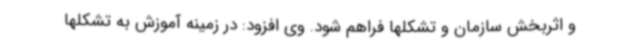
و اثربخش سازمان و تشکلها فراهم شود. وی افزود: در زمینه آموزش به تشکلها